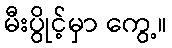
မီးပွိုင့်မှာ ကွေ့။